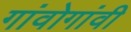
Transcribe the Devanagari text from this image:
गांवोगांवी